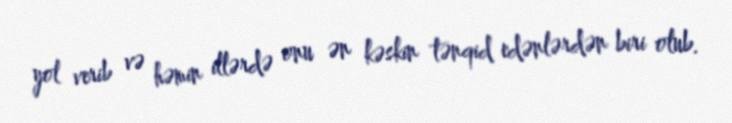
yol verib və həmin illərdə onu ən kəskin tənqid edənlərdən biri olub.